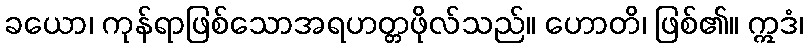
ခယော၊ ကုန်ရာဖြစ်သောအရဟတ္တဖိုလ်သည်။ ဟောတိ၊ ဖြစ်၏။ ဣဒံ၊